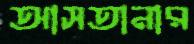
আসতানার